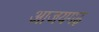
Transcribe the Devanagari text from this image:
आजयगढ़